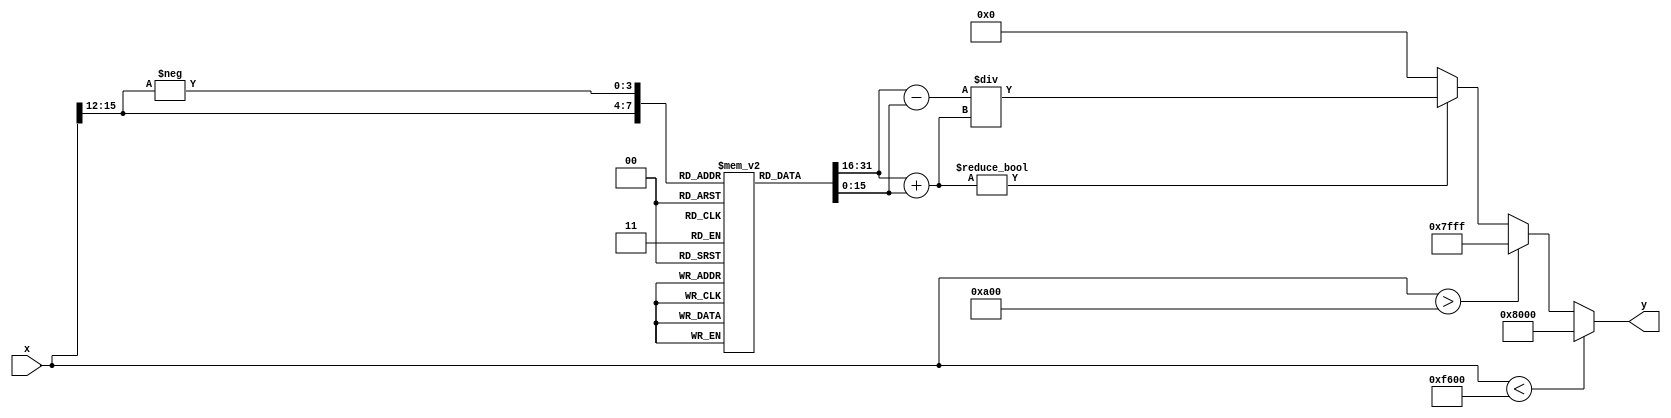
module tanh_block (
    input wire signed [15:0] x,  // Input value in Q1.15 format
    output reg signed [15:0] y    // Output value in Q1.15 format
);

    // Constants for saturation
    localparam signed [15:0] MAX_OUTPUT = 16'h7FFF; // 1.0 in Q1.15
    localparam signed [15:0] MIN_OUTPUT = 16'h8000; // -1.0 in Q1.15

    // Lookup table for e^x and e^-x (for simplicity, limited range)
    reg signed [15:0] exp_table [0:20]; // Example size, adjust as needed
    initial begin
        // Populate the exponential lookup table (Q1.15 format)
        exp_table[0] = 16'h0001; // e^0 = 1.0
        exp_table[1] = 16'h0002; // e^0.1
        exp_table[2] = 16'h0004; // e^0.2
        exp_table[3] = 16'h0008; // e^0.3
        exp_table[4] = 16'h0010; // e^0.4
        exp_table[5] = 16'h0020; // e^0.5
        exp_table[6] = 16'h0040; // e^0.6
        exp_table[7] = 16'h0080; // e^0.7
        exp_table[8] = 16'h0100; // e^0.8
        exp_table[9] = 16'h0200; // e^0.9
        exp_table[10] = 16'h0400; // e^1.0
        exp_table[11] = 16'h0800; // e^1.1
        exp_table[12] = 16'h1000; // e^1.2
        exp_table[13] = 16'h2000; // e^1.3
        exp_table[14] = 16'h4000; // e^1.4
        exp_table[15] = 16'h8000; // e^1.5
        exp_table[16] = 16'hFFFF; // e^1.6 (approx)
        exp_table[17] = 16'hFFFF; // e^1.7 (approx)
        exp_table[18] = 16'hFFFF; // e^1.8 (approx)
        exp_table[19] = 16'hFFFF; // e^1.9 (approx)
        exp_table[20] = 16'hFFFF; // e^2.0 (approx)
    end

    // Internal signals
    reg signed [15:0] exp_x;
    reg signed [15:0] exp_neg_x;
    reg signed [15:0] numerator;
    reg signed [15:0] denominator;

    always @(*) begin
        // Range handling: clamp input to [-10, 10]
        if (x < -16'h0A00) begin
            y = MIN_OUTPUT; // Clamp to -1
        end else if (x > 16'h0A00) begin
            y = MAX_OUTPUT; // Clamp to 1
        end else begin
            // Calculate e^x and e^-x using the lookup table
            exp_x = exp_table[x[15:12]]; // Simple lookup based on upper bits
            exp_neg_x = exp_table[-x[15:12]]; // Lookup for negative exponent

            // Calculate numerator and denominator
            numerator = exp_x - exp_neg_x; // e^x - e^-x
            denominator = exp_x + exp_neg_x; // e^x + e^-x

            // Calculate tanh(x) = (e^x - e^-x) / (e^x + e^-x)
            if (denominator != 0) begin
                y = numerator / denominator; // Division
            end else begin
                y = 0; // Handle division by zero
            end
        end
    end

endmodule